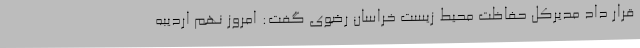
قرار داد مدیرکل حفاظت محیط زیست خراسان رضوی گفت: امروز نهم اردیبه